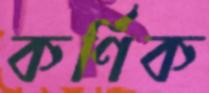
কর্ণিক